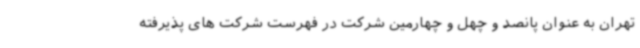
تهران به عنوان پانصد و چهل و چهارمین شرکت در فهرست شرکت های پذیرفته